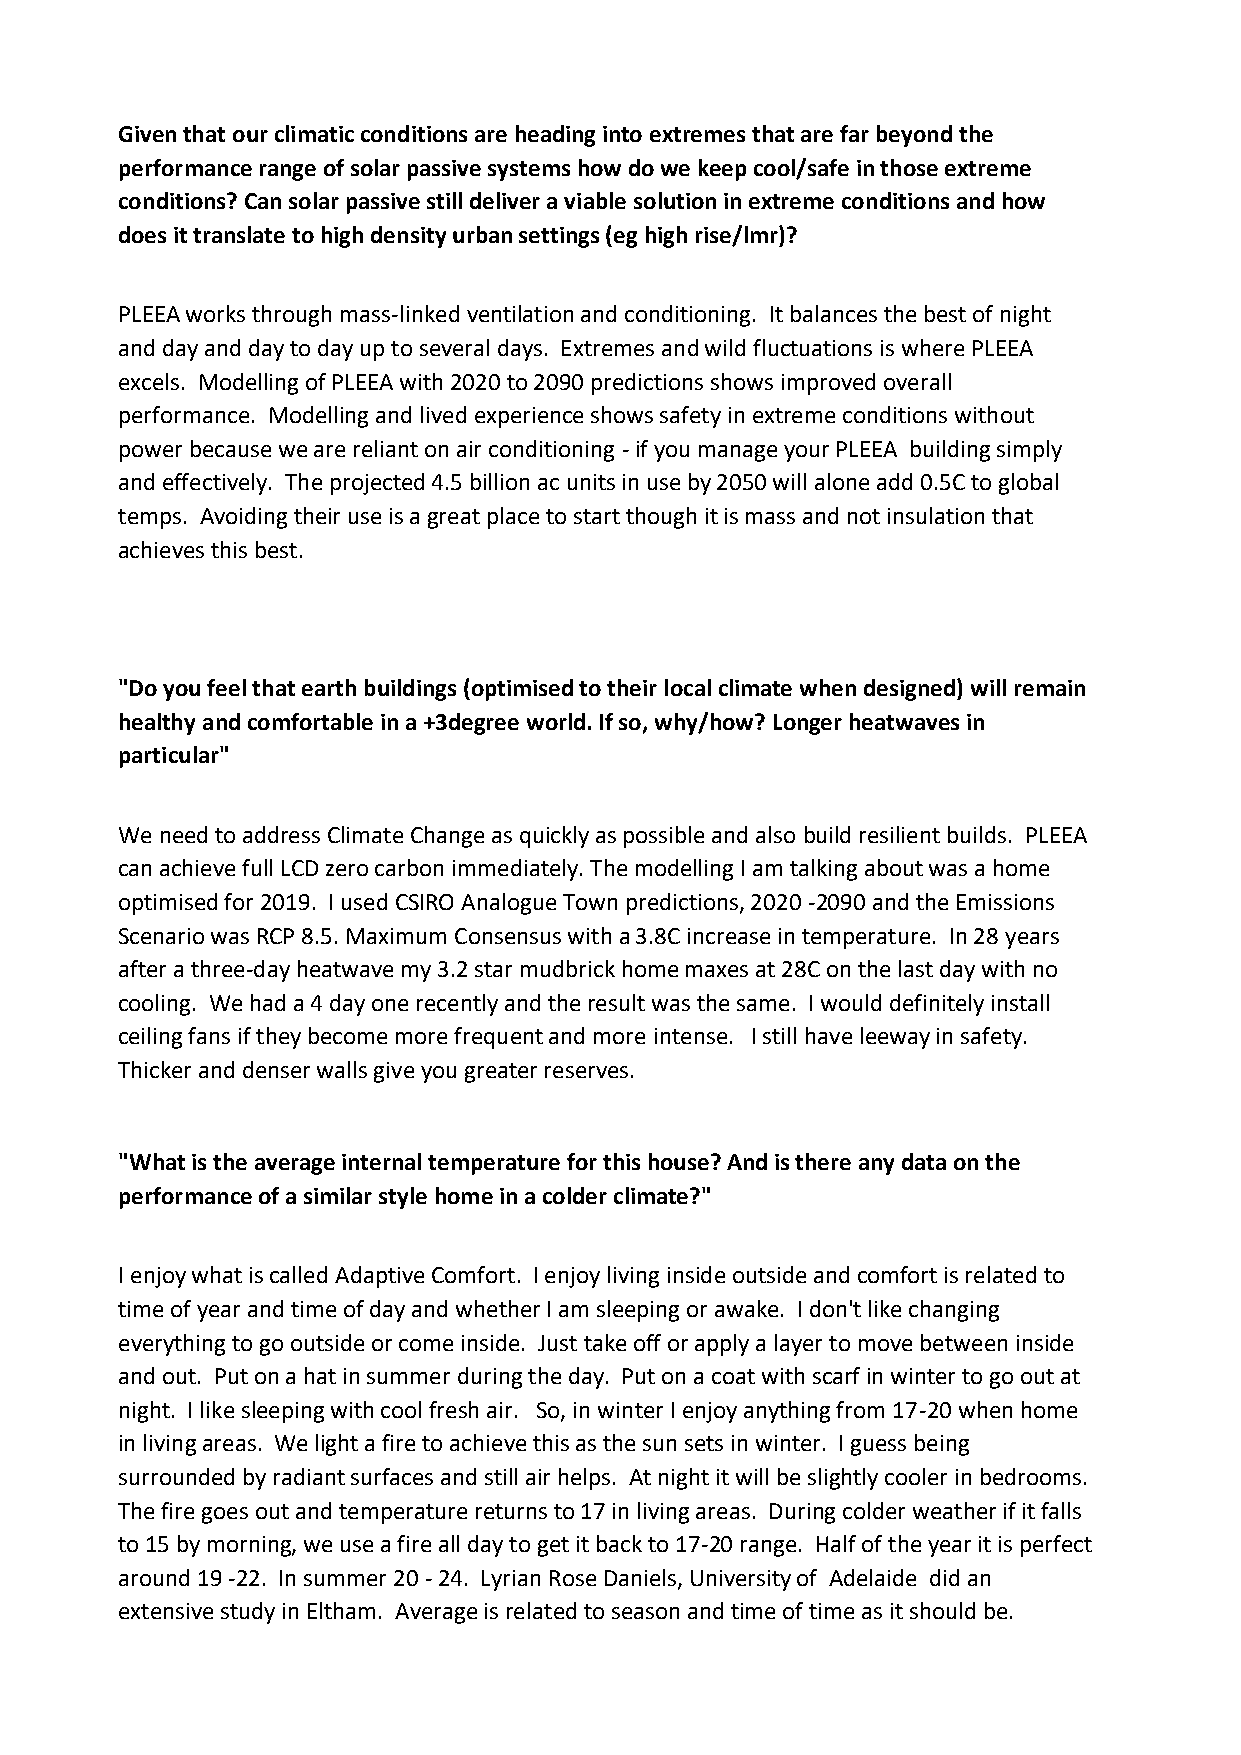
Given that our climatic conditions are heading into extremes that are far beyond the
 performance range of solar passive systems how do we keep cool/safe in those extreme
 conditions? Can solar passive still deliver a viable solution in extreme conditions and how
 does it translate to high density urban settings (eg high rise/lmr)?
 PLEEA works through mass-linked ventilation and conditioning. It balances the best of night
 and day and day to day up to several days. Extremes and wild fluctuations is where PLEEA
 excels. Modelling of PLEEA with 2020 to 2090 predictions shows improved overall
 performance. Modelling and lived experience shows safety in extreme conditions without
 power because we are reliant on air conditioning - if you manage your PLEEA building simply
 and effectively. The projected 4.5 billion ac units in use by 2050 will alone add 0.5C to global
 temps. Avoiding their use is a great place to start though it is mass and not insulation that
 achieves this best.
 "Do you feel that earth buildings (optimised to their local climate when designed) will remain
 healthy and comfortable in a +3degree world. If so, why/how? Longer heatwaves in
 particular"
 We need to address Climate Change as quickly as possible and also build resilient builds. PLEEA
 can achieve full LCD zero carbon immediately. The modelling I am talking about was a home
 optimised for 2019. I used CSIRO Analogue Town predictions, 2020 -2090 and the Emissions
 Scenario was RCP 8.5. Maximum Consensus with a 3.8C increase in temperature. In 28 years
 after a three-day heatwave my 3.2 star mudbrick home maxes at 28C on the last day with no
 cooling. We had a 4 day one recently and the result was the same. I would definitely install
 ceiling fans if they become more frequent and more intense. I still have leeway in safety.
 Thicker and denser walls give you greater reserves.
 "What is the average internal temperature for this house? And is there any data on the
 performance of a similar style home in a colder climate?"
 I enjoy what is called Adaptive Comfort. I enjoy living inside outside and comfort is related to
 time of year and time of day and whether I am sleeping or awake. I don't like changing
 everything to go outside or come inside. Just take off or apply a layer to move between inside
 and out. Put on a hat in summer during the day. Put on a coat with scarf in winter to go out at
 night. I like sleeping with cool fresh air. So, in winter I enjoy anything from 17-20 when home
 in living areas. We light a fire to achieve this as the sun sets in winter. I guess being
 surrounded by radiant surfaces and still air helps. At night it will be slightly cooler in bedrooms.
 The fire goes out and temperature returns to 17 in living areas. During colder weather if it falls
 to 15 by morning, we use a fire all day to get it back to 17-20 range. Half of the year it is perfect
 around 19 -22. In summer 20 - 24. Lyrian Rose Daniels, University of Adelaide did an
 extensive study in Eltham. Average is related to season and time of time as it should be.